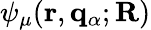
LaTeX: \psi_{\mu}(\mathbf{r},{\mathbf q}_{\alpha};\mathbf{R})